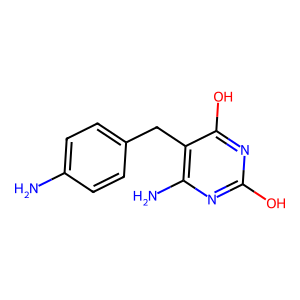
SMILES: Nc1ccc(Cc2c(N)nc(O)nc2O)cc1
Inhibits HIV replication: No